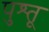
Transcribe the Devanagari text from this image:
पुश्तू